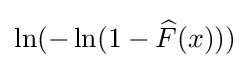
\ln(-\ln(1-{\widehat {F}}(x)))